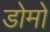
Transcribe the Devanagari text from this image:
डोमो